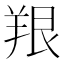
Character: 𫅔